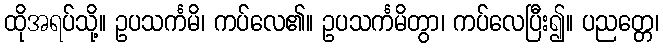
ထိုအရပ်သို့။ ဥပသင်္ကမိ၊ ကပ်လေ၏။ ဥပသင်္ကမိတွာ၊ ကပ်လေပြီး၍။ ပညတ္တေ၊